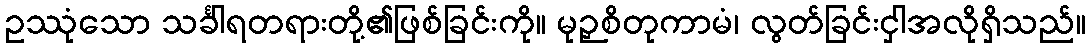
ဥဿုံသော သင်္ခါရတရားတို့၏ဖြစ်ခြင်းကို။ မုဉှစိတုကာမံ၊ လွတ်ခြင်းငှါအလိုရှိသည်။